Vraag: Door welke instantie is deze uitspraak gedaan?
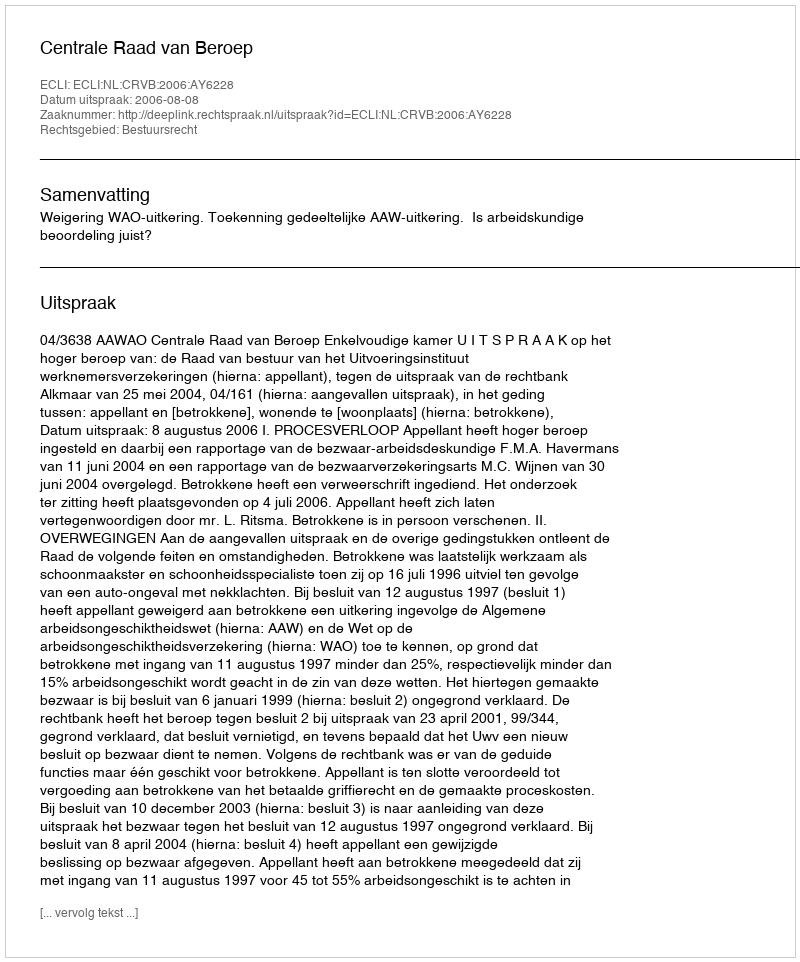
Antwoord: Centrale Raad van Beroep